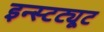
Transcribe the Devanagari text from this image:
इन्स्टट्यूट